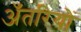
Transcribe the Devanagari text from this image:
अँतरियों